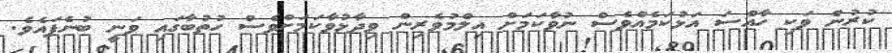
ކުރުން ވަކި ހާއްސަ އަޅުކަމެއްވެސް ނުވާކަމަށް އިލްމުވެރިން ވިދާޅުވާކަމަށްވެސް ހުތުބާގައި ވަނީ ބުނެފައެވެ.